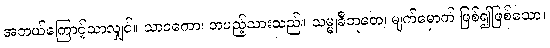
အဘယ်ကြောင့်သာလျှင်။ သာဝကော၊ တပည့်သားသည်။ သမ္မုခီဘူတေ၊ မျက်မှောက် ဖြစ်၍ဖြစ်သော။